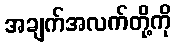
အချက်အလက်တို့ကို